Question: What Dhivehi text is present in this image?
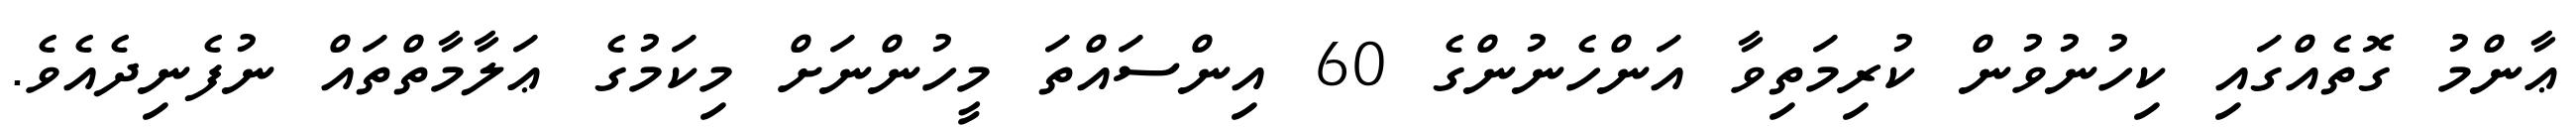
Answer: ޢާންމު ގޮތެއްގައި ކިހުނުވުން ކުރިމަތިވާ އަންހެނުންގެ 60 އިންސައްތަ މީހުންނަށް މިކަމުގެ ޢަލާމާތްތައް ނުފެނިދެއެވެ.